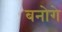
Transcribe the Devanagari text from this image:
बनोगे